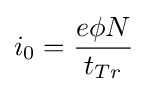
i_{0}={\frac {e\phi N}{t_{Tr}}}